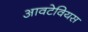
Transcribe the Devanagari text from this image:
आवटेवियस